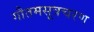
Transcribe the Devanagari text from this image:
गौतमसूत्रचरण